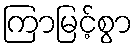
ကြာမြင့်စွာ